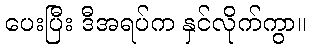
ပေးပြီး ဒီအရပ်က နှင်လိုက်ကွာ။